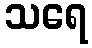
သရေ